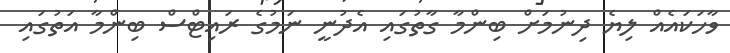
ވާހަކައެއް ލިޔެ ދިނުމަށް ބިންމާ ގާތުގައި އެދުނީ ނަމުގެ ރައިޓްސް ބިންމާ އަތުގައި